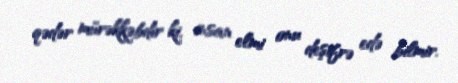
qədər mürəkkəbdir ki, insan elmi onu deşifrə edə bilmir.